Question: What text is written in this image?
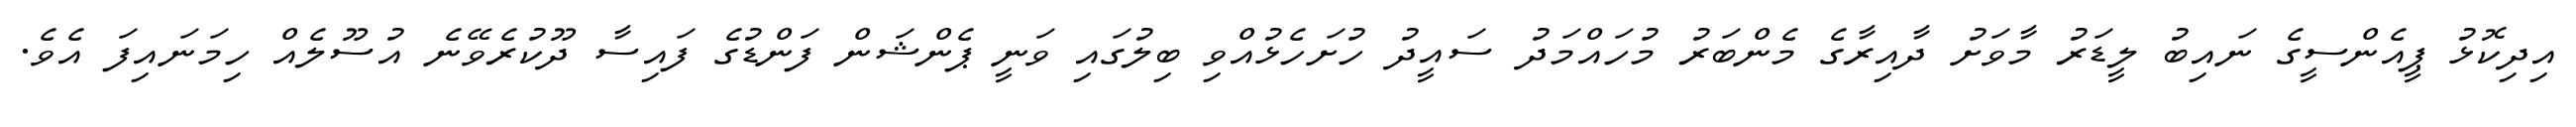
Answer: އިދިކޮޅު ޕީއެންސީގެ ނައިބު ލީޑަރު މާވަށު ދާއިރާގެ މެންބަރު މުހައްމަދު ސައީދު ހުށަހެޅުއްވި ބިލުގައި ވަނީ ޕެންޝަން ފަންޑުގެ ފައިސާ ދޫކުރެވޭނެ އުސޫލެއް ހިމަނައިފަ އެވެ.